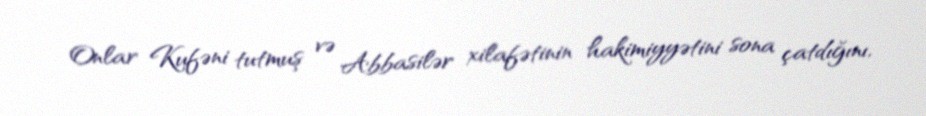
Onlar Kufəni tutmuş və Abbasilər xilafətinin hakimiyyətini sona çatdığını,